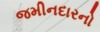
જમીનદારનો